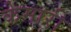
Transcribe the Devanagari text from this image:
केमारी